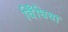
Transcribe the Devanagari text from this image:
बिँधिया